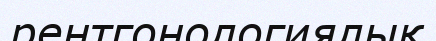
рентгонологиялық